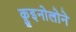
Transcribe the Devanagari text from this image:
क़ुइनोलोने